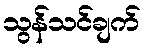
သွန်သင်ချက်